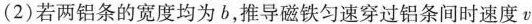
(2)若两铝条的宽度均为b，推导磁铁匀速穿过铝条间时速度v